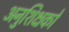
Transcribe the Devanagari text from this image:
अनुशिक्षकों